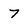
Character: 7